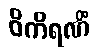
ဝိကိရဏိံ